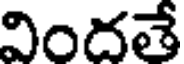
విందతే